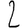
Digit: 2